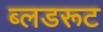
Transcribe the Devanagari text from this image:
ब्लडरूट